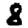
Digit: 8